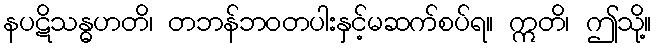
နပဋိသန္ဓဟတိ၊ တဘန်ဘဝတပါးနှင့်မဆက်စပ်ရ။ ဣတိ၊ ဤသို့။